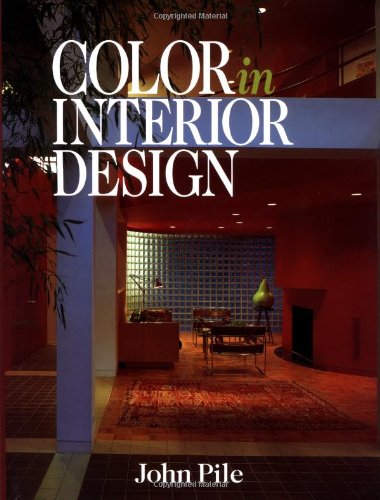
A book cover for Color in Interior Design; John Pile; Arts & Photography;